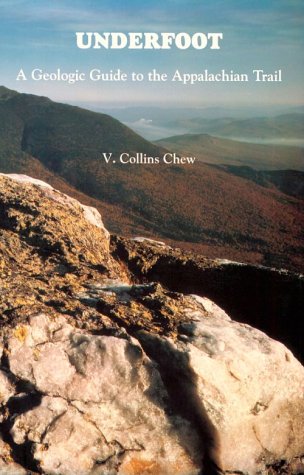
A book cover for Underfoot: A Geologic Guide to the Appalachian Trail; V. Collins Chew; Science & Math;